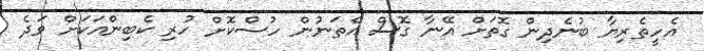
އެހީތެރިޔާ ބުނެދިން ގޮތަށް އޭނާ ގޮސް އެތަނުން ހުސްކޮށް ހުރި ކެބިންެއަކަށް ވަދެ